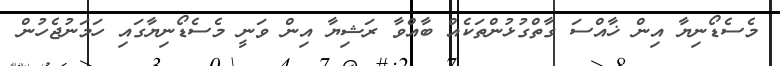
މެސެޑޯނިޔާ އިން ޚާއްސަ ގާތްގުޅުންތަކެއް ބާއްވާ ރަޝިޔާ އިން ވަނީ މެސެޑޯނިޔާގައި ހަމަނުޖެހުން